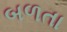
બળતા